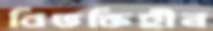
বিভক্তিহীন